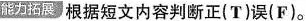
能力拓展"根据短文内容判断正( T)误(F)。